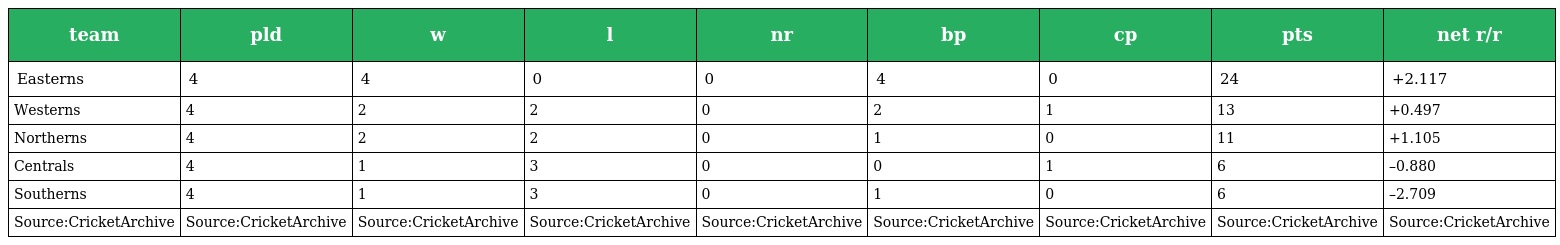
| team | pld | w | l | nr | bp | cp | pts | net r/r |
 | --- | --- | --- | --- | --- | --- | --- | --- | --- |
 | Easterns | 4 | 4 | 0 | 0 | 4 | 0 | 24 | +2.117 |
 | Westerns | 4 | 2 | 2 | 0 | 2 | 1 | 13 | +0.497 |
 | Northerns | 4 | 2 | 2 | 0 | 1 | 0 | 11 | +1.105 |
 | Centrals | 4 | 1 | 3 | 0 | 0 | 1 | 6 | –0.880 |
 | Southerns | 4 | 1 | 3 | 0 | 1 | 0 | 6 | –2.709 |
 | Source:CricketArchive | Source:CricketArchive | Source:CricketArchive | Source:CricketArchive | Source:CricketArchive | Source:CricketArchive | Source:CricketArchive | Source:CricketArchive | Source:CricketArchive |